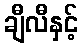
ချီလီနှင့်